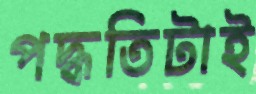
পদ্ধতিটাই